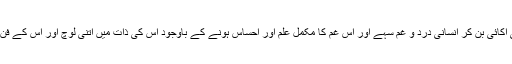
میں تو اس فنکار کو عظیم فنکار سمجھتا ہوں جو نوعِ انسانی کی اکائی بن کر انسانی درد و غم سہے اور اس غم کا مکمل علم اور احساس ہونے کے باوجود اس کی ذات میں اتنی لوچ اور اس کے فن میں اتنی سکت ہو کہ وہ اس زہر کو امرت سمجھ کر پی جائے۔